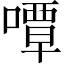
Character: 嘾